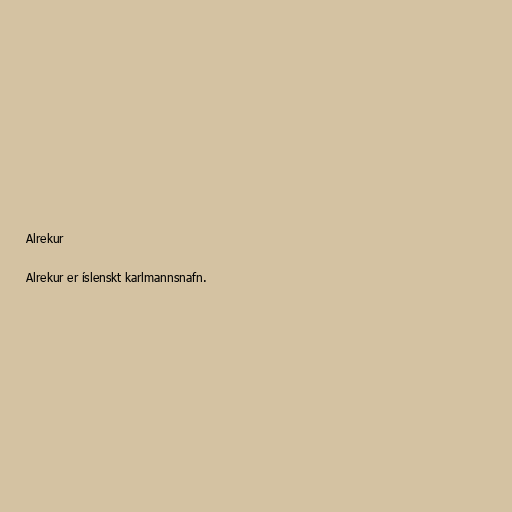
Alrekur

Alrekur er íslenskt karlmannsnafn.